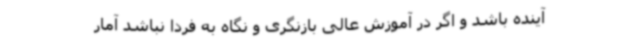
آینده باشد و اگر در آموزش عالی بازنگری و نگاه به فردا نباشد آمار